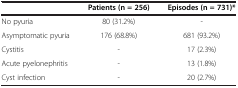
<table><thead><tr><td><b> </b></td><td><b>Patients (n = 256)</b></td><td><b>Episodes (n = 731)*</b></td></tr></thead><tbody><tr><td>No pyuria</td><td>80 (31.2%)</td><td>-</td></tr><tr><td>Asymptomatic pyuria</td><td>176 (68.8%)</td><td>681 (93.2%)</td></tr><tr><td>Cystitis</td><td>-</td><td>17 (2.3%)</td></tr><tr><td>Acute pyelonephritis</td><td>-</td><td>13 (1.8%)</td></tr><tr><td>Cyst infection</td><td>-</td><td>20 (2.7%)</td></tr></tbody></table>